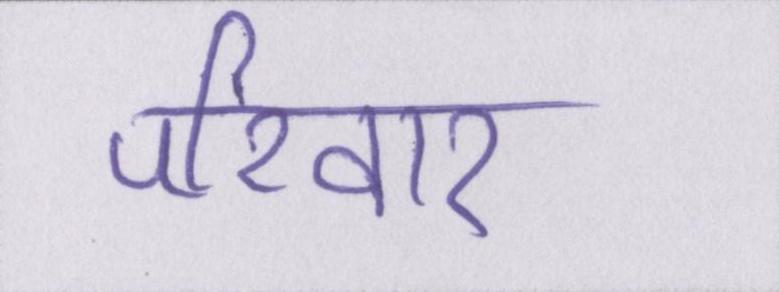
परिवार